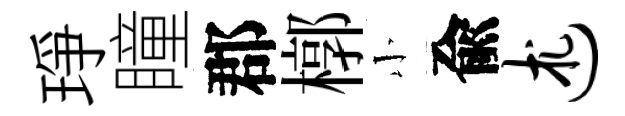
琤瞳郡槨小兪述